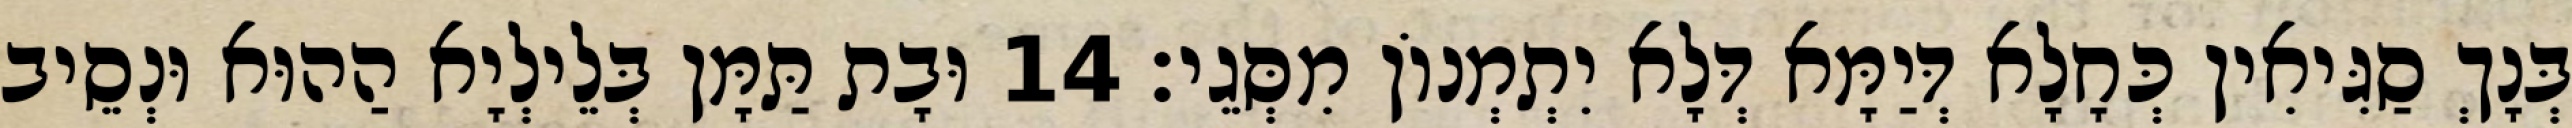
בְּנָךְ סַגִּיאִין כְּחָלָא דְּיַמָּא דְּלָא יִתְמְנוֹן מִסְּגֵי׃ 14 וּבָת תַּמָּן בְּלֵילְיָא הַהוּא וּנְסֵיב